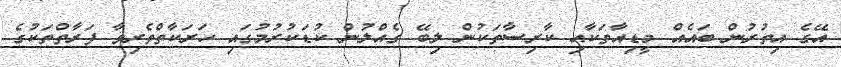
އޭގެ އިތުރުން ބައެއް މީޑިއާތަކާއި ކާރިސާތަކުން ލިބޭ ގެއްލުން ކުޑަކުރުމުގައި ހަރަކާތްތެރިވާ ފަރާތްތަކުގެ